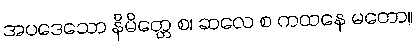
အပဒေသော နိမိတ္တေ စ၊ ဆလေ စ ကထနေ မတော။